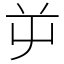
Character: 屰